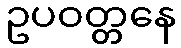
ဥပဝတ္တနေ